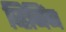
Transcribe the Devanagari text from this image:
व्हिनिंग